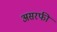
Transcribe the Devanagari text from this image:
असरफी